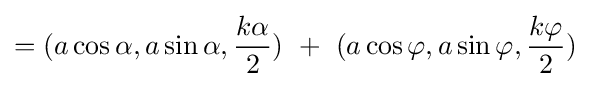
=(a\cos \alpha ,a\sin \alpha ,{\frac {k\alpha }{2}})\ +\ (a\cos \varphi ,a\sin \varphi ,{\frac {k\varphi }{2}})\